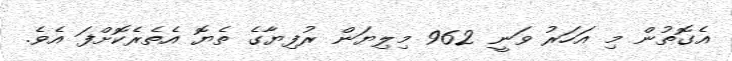
އެގޮތުން މި އަހަރު ވަނީ 962 މިލިޔަން ރުފިޔާގެ ތެޔޮ އެތެރެކޮށްފަ އެވެ.